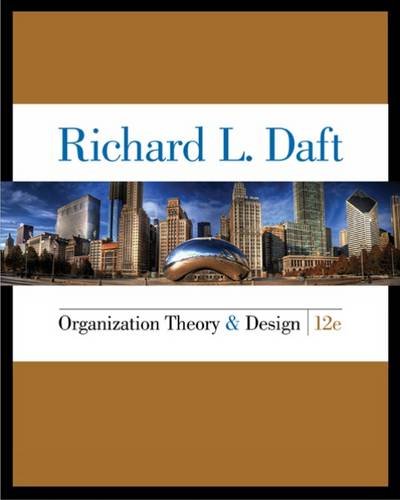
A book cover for Organization Theory and Design  12 Edition; Richard L. Daft; Business & Money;